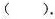
()。